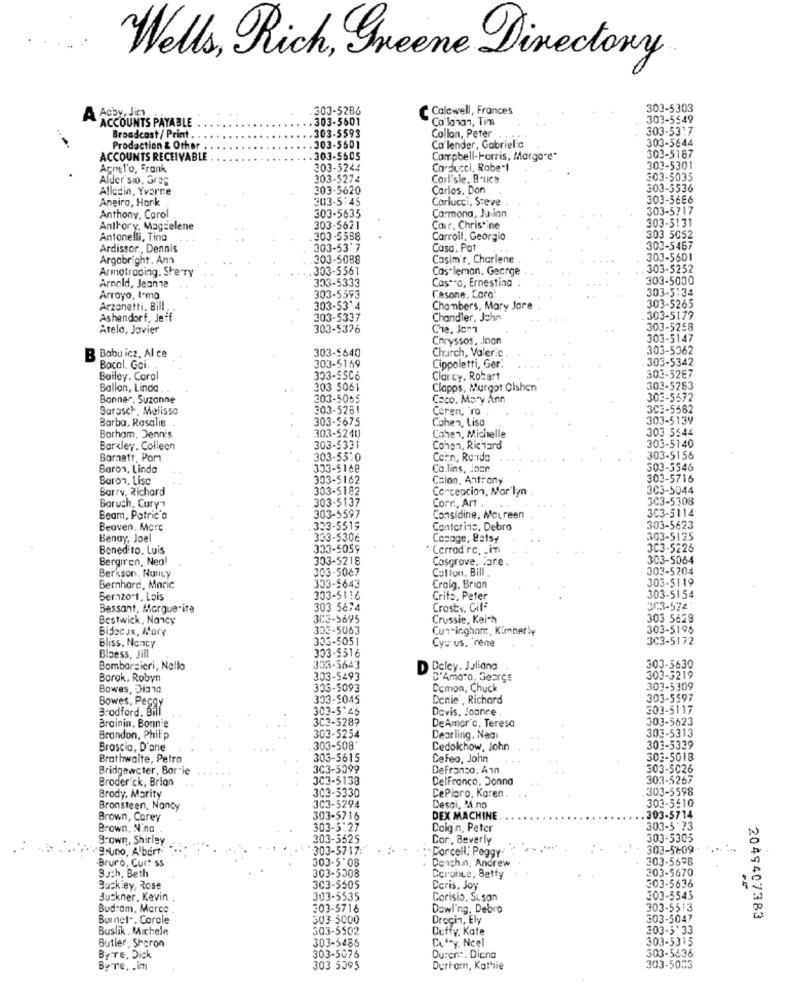
Wells, Rich, Sheene Directory.
303-5286
Calcwell, Frances
303-5303
A Acby, Jin
ACCOUNTS PAYABLE
303-5601
Co.lohan, Tin
303-5549
303-5593
Callon, Peter
303-53:7
Broadcast / Print . .
303-5644
Production & Other .
303-5601
Ca'lender, Gabriel'c
ACCOUNTS RECEIVABLE
303-5605
Campbell-Harris, Morga"e"
303-5187
Agnel'o, Frank
303-5244
Carducci, Robert
303-5301
Alder sio, Greg
303-5274
Corl'sle, 8-ucs
303-5035
Alleein, Yvarne
303-5620
Carlos, Don
303-5536
Aneiro, Hark
303-5:45
Carlucci, Steve
303-5686
Carmona, Julian
303-5717
Anthony. Carol
303-5635
Anthory, Magzelene
303-5621
Cair, Christine
303-5131
Antonelli, Ting
303-5538
Carroll, Georgio
303 5052
Ardissor ., Dennis
303-53'7
Casa, Pat
303-5467
Argabright . Ans
303-5088
Cosim'r, Charlene
303-5601
Armotrading. SheTY
. 303-5561
Cas leman, George
.303-5252
303-5333
Cos""O, Ernestina
303-5000
Arnold, Jeanne
303-5593
Casone, Caro
303-5:34
Arroyo, I'ma
Arzonetti. Bill .
303-53'4
Chambers, Mary Jore
303-5265
Ashendorf. Jeff
303-5337
Chandler, John
303-5179
Atelo, Javier
303-5376
Che. Jem7
303-5258
Chryssos, . loan
303-5147
303-5640
Church, Valer.c
303-5362
B Babu icz, Al ce
303-5342
Bocal. Goi.
303-5159
Cippoletti, Ger.
303-5287
Bailey. Carol
303-55C6
Clarcy. Robert
Ballon, Linda
303 5061
Clapps, Margot Olshen
303-5283
Banner. Suzanne
303-5055
Coco. Mary Ann
303-5572
Sarasch, Melissa
303-5261
Ceren, ro
3C3-5582
Barba, Rasalie
303-5675
Cohen, Lisa
303-5139
303 5544
Borham, Denn's
303-5240
Cohen, Michelle
Barkley. Colleen
303-5331
Cohen, Richard
303-5140
Barnatt, Pom
303-5510
Coin, Renda
303-5156
Baron, Linda
303-5168
Co.lins, Joan
303-5546
Baron, Lise
303-5162
Colon, Antrony
303-5716
Barry, Richard
303-5182
Concepcion, Mor lyn
303-5044
303-5137
Corr, Art .
3C3-5308
Baruch, Cury1
303-5114
Beam, Patricia
303-5597
Considine, Mcureen
Beoven, Morc
333-5519
Conterins, Debro
303-5623
Benay, Joel
333-5306
Copage, 82tsy
303-5125
Bened to. Luis
303-5059
Cerrod'rc, . in
3C3-5225
Bergiren, Nea!
303-5218
Cosgrove, Pare .
303-5064
303-5067
Culion, Bill .
303-5204
Berkson, Nousy
303-5119
Bernhard, Maric
303-5643
Craig, Brian
Bernzo-t, Lois
303-5116
Crita, Peter
303-5154
Bessant, Marguerite
303 5674
Crosty. Gif-
303-524
Bestwick, Nancy
303-5695
Crussie, Kai-h
303 5629
Bijecux, Mary
303-5063
Cur-ingham, Kimberly
303-5196
Bliss, Noncy
305-5051
Cys us. rene
3C3-5172
Blaess, Jill
303-5516
Bombarzieri, Nollo
303-5643
Deley. Juliang
303-3630
Borok, Robyn
303-5493
D'Amato, Gearce
303-5219
Bowes, Dis 1
303-5093
Ccmon, Chuck
303-5309
Bowes, Peggy
303-5045
Denie , Richard
303-5597
Bradford. Bill
303-5:45
Davis, Joanne
303-5117
303-528?
DeAmor c, Teresa
303-5623
Brainin, Bonnie
Brandon, Philip
303-5254
Dearling. Nadı
303-5313
Brascia, D'ane
303-508'
Cedolchow, John
303-5339
Brathwaite, Petra
303-5615
Cefeo, John
303-5018
Bridgewcter, Borrie
3C3-5099
DeFranco. Ann
303-5026
Broderick, Brian
3C3-5138
DelFrance, Jonna
303-5267
303-5598
Brody. Marity
303-5330
CePioro, Karen .
303-5510
Bronsteen, Nancy
303-5294
Desai, M.no
Brown, Corey
303-5716
DEX MACHINE
.303-5714
Brown, Ning
303-3:27
Doig'n. Peter
303-5'73
Brown, Shirley
303-5525
Cor ., Beverly
303-5305
."gruno, Albert"
303-5717:
. . Corcell, Peggy-
303-5209
Bruro, Curt ss
303-5'08
Donch.n. Andrew
303-5698
303-5670
Such, Beth
303-5008
Deronce, Betfy
303-5636
Buck ey, Rose
303-5505
Deris, Joy
Buckner, Kevin .
303-5535
Corisio, Sison
303-5545
Bud.am, Marco
303-5716
Dowling. Debro
303-5513
Burnet .. Corele
303-5000
Drocin, Ely
303-5047
2049407383
Buslik. Michele
303-5502
Duffy, Kate
303-5'33
303-5486
Cof-y. Ncel
303-5315
Butler , Sharon
By-Te, Dick
303-5076
Durent. Diana
303-5636
By re, . im
303 5395
Durham, Kathie
303-5033